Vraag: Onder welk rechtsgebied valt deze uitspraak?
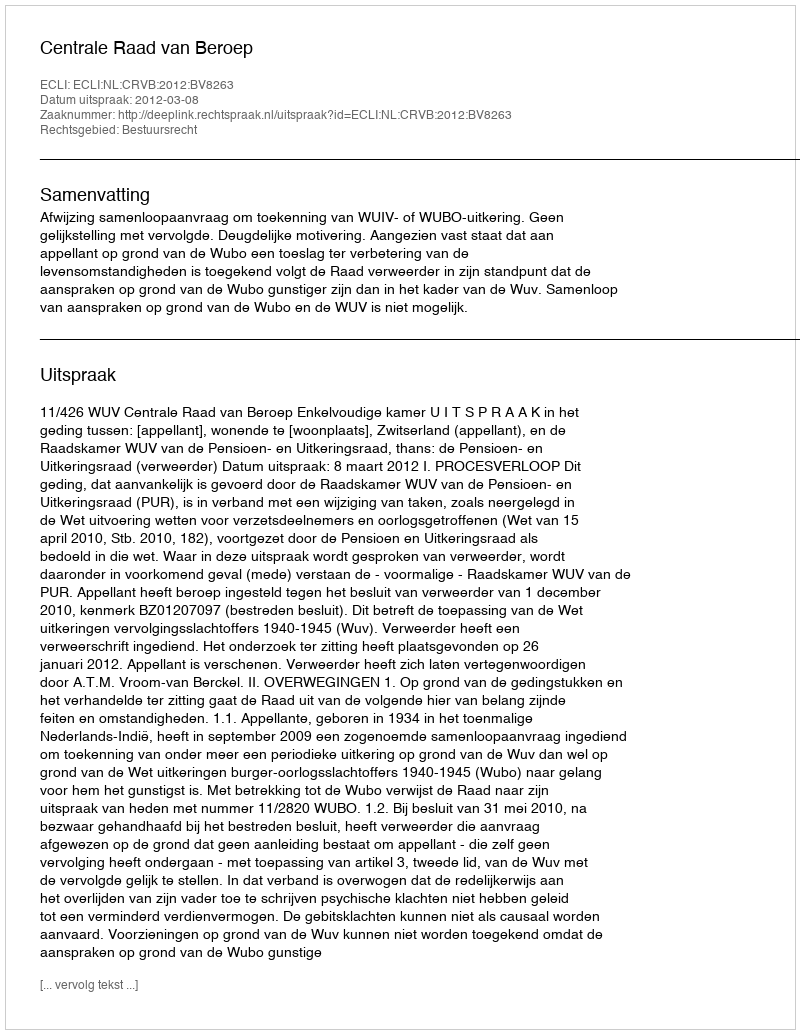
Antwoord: Bestuursrecht